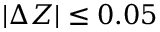
| \Delta Z | \leq 0 . 0 5